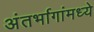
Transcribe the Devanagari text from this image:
अंतर्भागांमध्ये